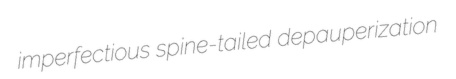
imperfectious spine-tailed depauperization